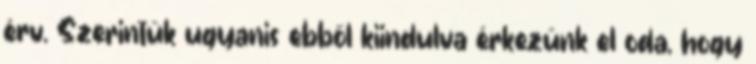
érv. Szerintük ugyanis ebből kiindulva érkezünk el oda, hogy